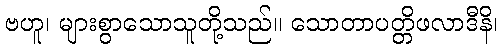
ဗဟူ၊ များစွာသောသူတို့သည်။ သောတာပတ္တိဖလာဒီနိ၊